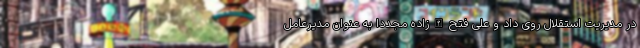
در مدیریت استقلال روی داد و علی فتح‌الله‌زاده مجدداً به عنوان مدیرعامل